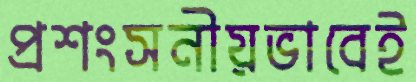
প্রশংসনীয়ভাবেই